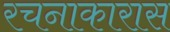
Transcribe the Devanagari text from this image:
रचनाकारास